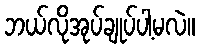
ဘယ်လိုအုပ်ချုပ်ပါ့မလဲ။